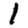
Digit: 1